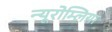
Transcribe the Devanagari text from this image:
न्यूरोम्लिया